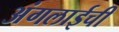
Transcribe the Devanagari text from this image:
अंगलाईची